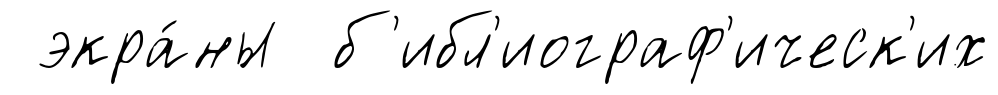
экра́ны б'ибл'иограф'ическ'их